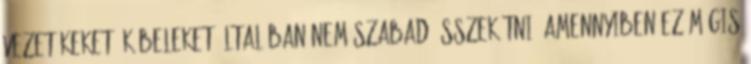
vezetékeket, kábeleket általában nem szabad összekötni. Amennyiben ez mégis